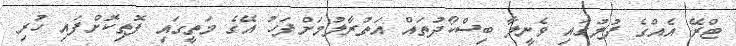
ޓްރޭ އެއްގެ ފުލުގައި ވެނީލާ ބިސްކޯދުތައް އަތުރާލުމަށްފަހު އޭގެ މަތީގައި ފޮތިކޮށްފައި ހުރި